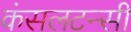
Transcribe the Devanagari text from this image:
कंसलटन्सी